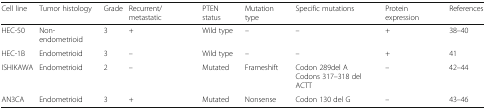
<table><thead><tr><td><b>Cell line</b></td><td><b>Tumor histology</b></td><td><b>Grade</b></td><td><b>Recurrent/ metastatic</b></td><td><b>PTEN status</b></td><td><b>Mutation type</b></td><td><b>Specific mutations</b></td><td><b>Protein expression</b></td><td><b>References</b></td></tr></thead><tbody><tr><td>HEC-50</td><td>Non-endometrioid</td><td>3</td><td>+</td><td>Wild type</td><td>–</td><td>–</td><td>+</td><td>38–40</td></tr><tr><td>HEC-1B</td><td>Endometrioid</td><td>3</td><td>–</td><td>Wild type</td><td>–</td><td>–</td><td>+</td><td>41</td></tr><tr><td>ISHIKAWA</td><td>Endometrioid</td><td>2</td><td>–</td><td>Mutated</td><td>Frameshift</td><td>Codon 289del ACodons 317–318 del ACTT</td><td>–</td><td>42–44</td></tr><tr><td>AN3CA</td><td>Endometrioid</td><td>3</td><td>+</td><td>Mutated</td><td>Nonsense</td><td>Codon 130 del G</td><td>–</td><td>43–46</td></tr></tbody></table>